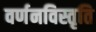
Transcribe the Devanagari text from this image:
वर्णनविस्तृति